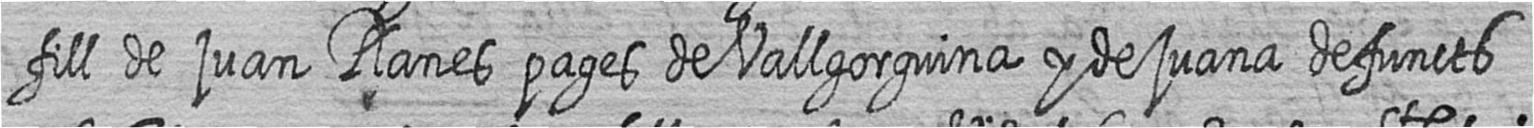
fill de juan Planes pages de Vallgorguina y de juana defuncts